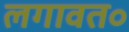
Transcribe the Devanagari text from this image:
लगावत॰